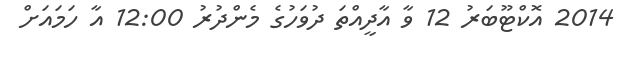
2014 އޮކްޓޫބަރު 12 ވާ އާދީއްތަ ދުވަހުގެ މެންދުރު 12:00 އާ ހަމައަށް